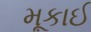
મૂકાઈ